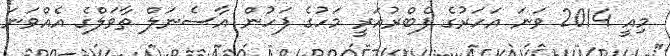
މިއީ 2014 ވަނަ އަހަރުގެ ފެބްރުއަރީ މަހުގެ ފަހުން އާސެނަލް ތާވަލްގެ އެއްވަނަ